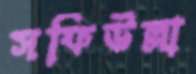
সফিউল্লা